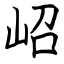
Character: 岹